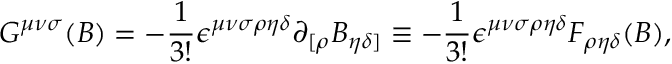
G ^ { { \mu } { \nu } { \sigma } } ( B ) = - { \frac { 1 } { 3 ! } } { \epsilon } ^ { { \mu } { \nu } { \sigma } { \rho } { \eta } { \delta } } { \partial } _ { [ { \rho } } B _ { { \eta } { \delta } ] } \equiv - { \frac { 1 } { 3 ! } } { \epsilon } ^ { { \mu } { \nu } { \sigma } { \rho } { \eta } { \delta } } F _ { { \rho } { \eta } { \delta } } ( B ) ,